Annual administration and progress report of the Indian Medical Department, Bombay
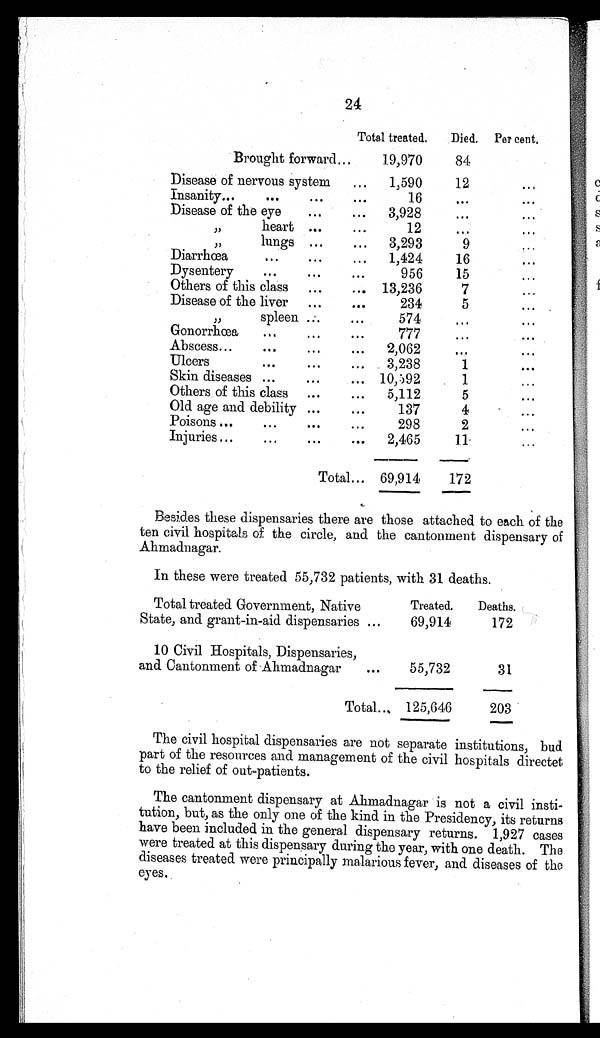
24
Total treated. Died. Per cent.
Brought forward ... 19,970
84
Disease of nervous system ... 1,590
12
. . .
Insanity
. . . . . .
. . .
...
16
...
...
Disease of the eye ...
... 3,928
...
...
,, heart ...
...
12
...
...
,, lungs ...
... 3,293
9
...
Diarrhœa
...
...
... 1,424
16
...
Dysentery
. . . . . .
. . .
956
15
...
Others of this class ...
... 13,236
7
. . .
Disease of the liver ...
...
234
5
. . .
, , s p l e e n ...
...
574
...
...
Gonorrhœa . . .
...
. . .
777
...
. . .
Abscess
. . . ...
...
... 2,062
. . .
. . .
Ulcers
. . .
. . .
. . . 3,238
1
. . .
Skin diseases ...
...
. . . 10,592
1
...
Others of this class ...
... 5,112
5
...
Old age and debility ...
. . .
137
4
...
Poisons ...
...
. . .
...
298
2
...
Injuries ...
...
...
... 2,465
11
...
Total
. . .
69,914
172
Besides these dispensaries there are those attached to each of the
ten civil hospitals of the circle, and the cantonment dispensary of
Ahmadnagar.
In these were treated 55,732 patients, with 31 deaths.
Total treated Government, Native
Treated. Deaths.
State, and grant-in-aid dispensaries ...
69,914
172
10 Civil Hospitals, Dispensaries,
and Cantonment of Ahmadnagar ...
55,732
31
Total ... 125,646
203
The civil hospital dispensaries are not separate institutions bud
part of the resources and management of the civil hospitals directet
to the relief of out-patients.
The cantonment dispensary at Ahmadnagar is not a civil insti-
tution, but, as the only one of the kind in the Presidency, its returns
have been included in the general dispensary returns. 1,927 cases
were treated at this dispensary during the year, with one death. The
diseases treated were principally malarious fever, and diseases of the
eyes.